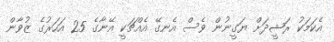
އެކަމަކު ރަޝީދަށް ޔަގީނުން ވެސް އެނގޭ އެއްޗަކީ އޭނާގެ 25 އަހަރުގެ ޒުވާން